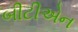
બીટીએન